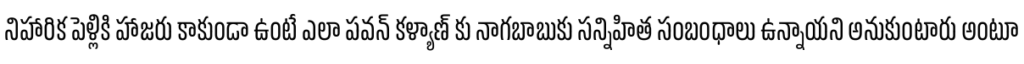
నిహారిక పెళ్లికి హాజరు కాకుండా ఉంటే ఎలా పవన్ కళ్యాణ్ కు నాగబాబుకు సన్నిహిత సంబంధాలు ఉన్నాయని అనుకుంటారు అంటూ